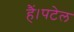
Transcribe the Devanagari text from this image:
हैं।पटेल